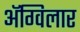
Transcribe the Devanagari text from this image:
अॅग्विलार